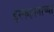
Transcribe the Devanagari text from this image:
इस्फहानाच्या